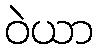
ဝဲယာ